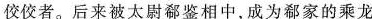
佼佼者。后来被太尉开鉴相中,成为郄家的乘龙